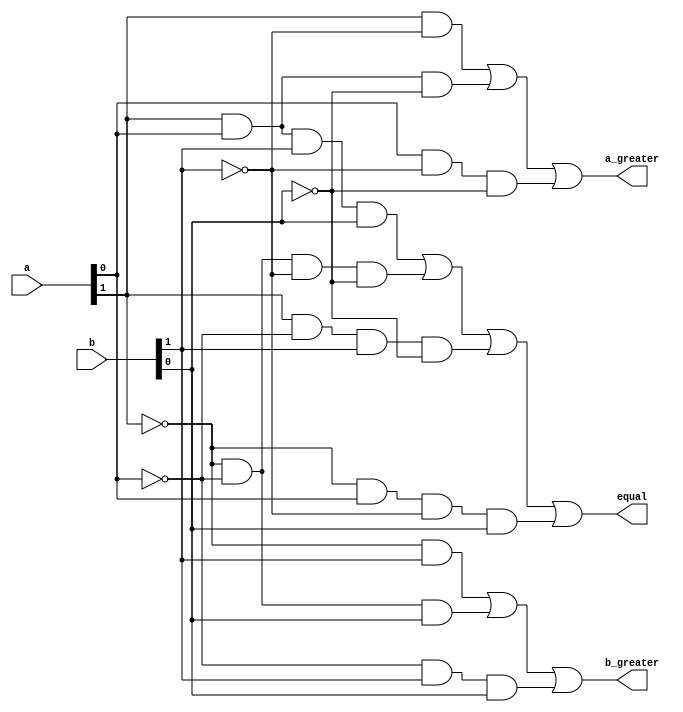
module magnitude_comparator_4_bit_structural_or_gatelevel(a, b, a_greater, equal, b_greater);
    input[1:0] a;
    input [1:0] b;
    output a_greater, equal, b_greater;

    // Gate-level modelling for `a` greater than `b`
    wire wire_1, wire_2, wire_3;
    and(wire_1, a[1], ~b[1]);
    and(wire_2, a[1],  a[0], ~b[0]);
    and(wire_3, a[0], ~b[1], ~b[0]);
    or(a_greater, wire_1, wire_2, wire_3);

    
    // Gate-level modelling for a equal to b
    wire wire_4, wire_5, wire_6, wire_7;
    and(wire_4,  a[1],  a[0],  b[1],  b[0]);
    and(wire_5, ~a[1], ~a[0], ~b[1], ~b[0]);
    and(wire_6,  a[1], ~a[0],  b[1], ~b[0]);
    and(wire_7, ~a[1],  a[0], ~b[1],  b[0]);
    or(equal, wire_4, wire_5, wire_6, wire_7);

    // Gate-level modelling for `a` lesser than `b`
    wire wire_8, wire_9, wire_10;
    and(wire_8,  ~a[1],  b[1]);
    and(wire_9,  ~a[1], ~a[0],  b[0]);
    and(wire_10, ~a[0],  b[1],  b[0]);
    or(b_greater, wire_8, wire_9, wire_10);

    always @(a or b) begin
        #0
        $display("a : %b\nb: %b", a, b);

        if(equal) 
            $display("a is equal to b\n");
        else if (a_greater)
            $display("a is greater than b\n");
        else if (b_greater)
            $display("a is lesser than b\n");
    end
endmodule

module magnitude_comparator_4_bit_structural_or_gatelevel_test;
    reg[1:0] a, b;
    wire a_greater, equal, b_greater;
    

    magnitude_comparator_4_bit_structural_or_gatelevel wire_driver(a, b, a_greater, equal, b_greater);

    initial begin
        a = 2'b11; b = 2'b10;
        #10 a = 2'b01; b = 2'b10;
        #10 a = 2'b00; b = 2'b00;

    end
endmodule